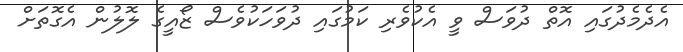
އެދެމެދުގައި އޮތް ދުވަސް ވީ އެކުވެރި ކަމުގައި ދުވަހަކުވެސް ޒޯއީގެ ލޮލުން އެގޮތަށް